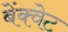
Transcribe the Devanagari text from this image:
बेंक्वेट